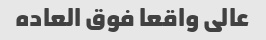
عالی واقعا فوق العاده